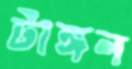
টাঙ্গন